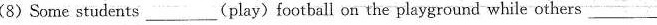
(8)Some students_(play) football on the playground while others ___